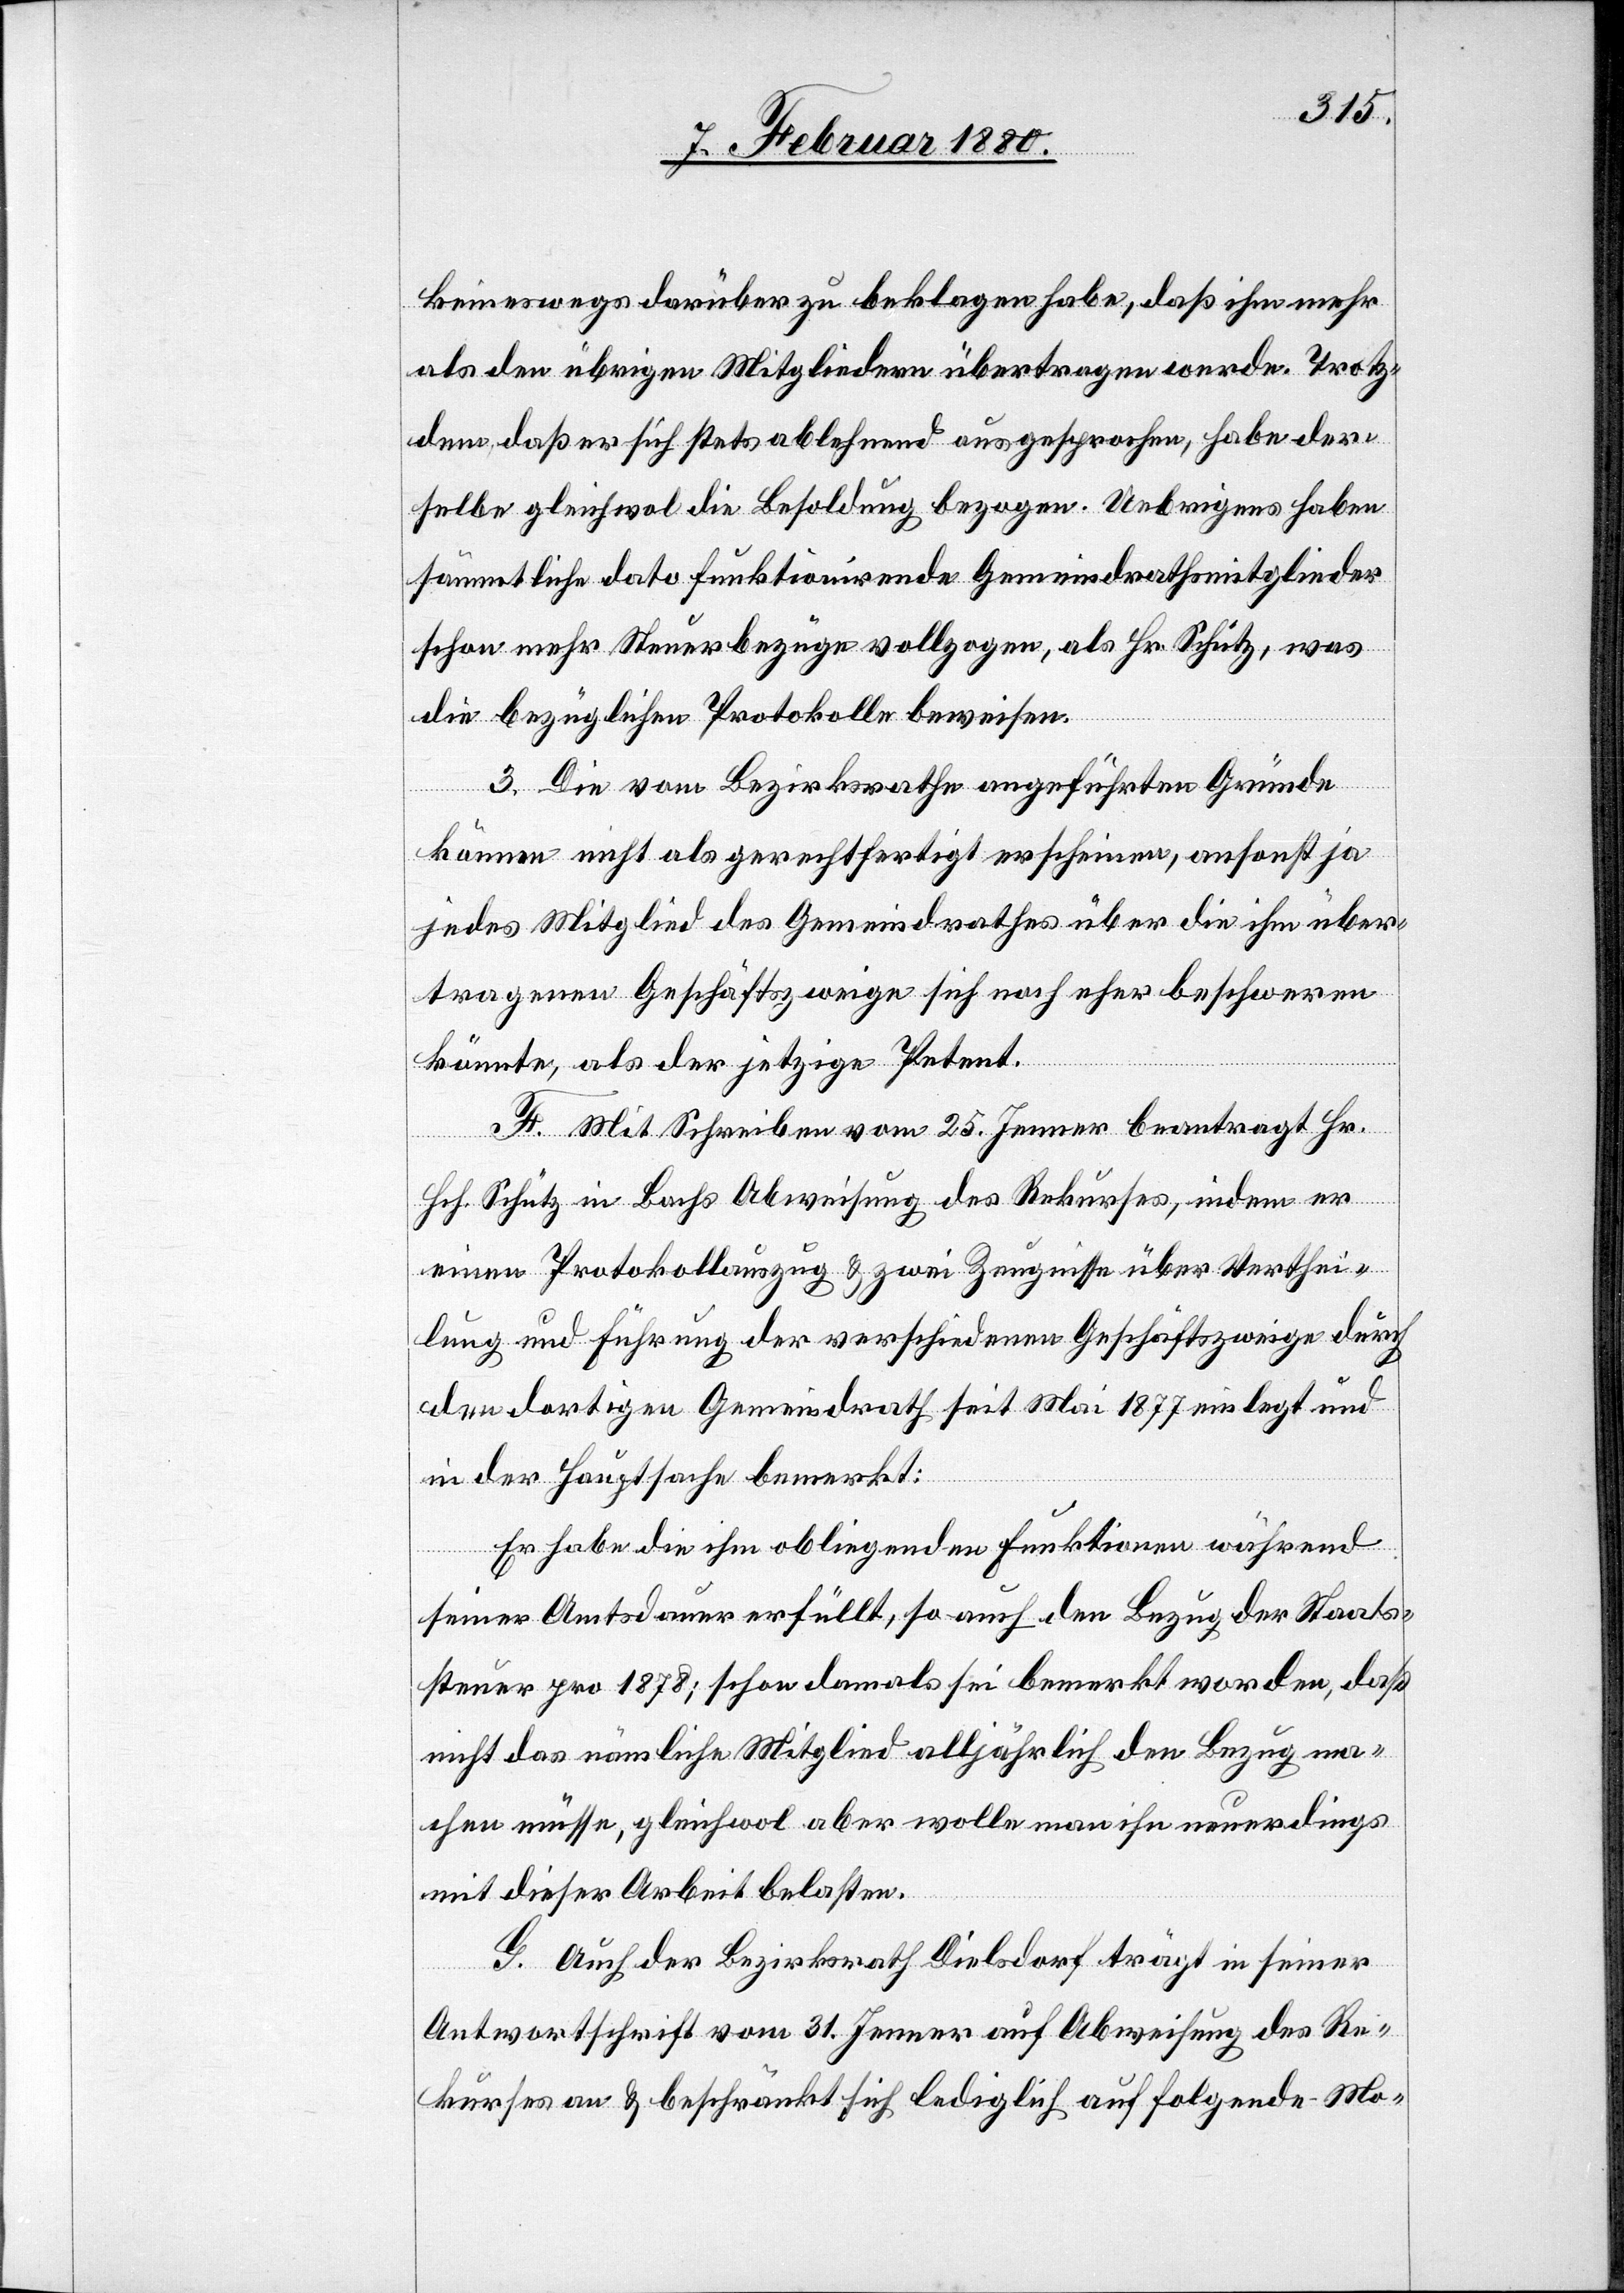
keineswegs darüber zu beklagen habe, daß ihm mehr
als den übrigen Mitgliedern übertragen werde. Trotz¬
dem, daß er sich stets ablehnend ausgesprochen, habe der¬
selbe gleichwol die Besoldung bezogen. Uebrigens haben
sämmtliche dato funktionirende Gemeindrathsmitglieder
schon mehr Steuerbezüge vollzogen, als Hr. Schütz, was
die bezüglichen Protokolle beweisen.
3. Die vom Bezirksrathe angeführten Gründe
können nicht als gerechtfertigt erscheinen, ansonst ja
jedes Mitglied des Gemeindrathes über die ihm über¬
tragenen Geschäftszweige sich noch eher beschweren
könnte, als der jetzige Petent.
F. Mit Schreiben vom 25. Jenner beantragt Hr.
Hch. Schütz in Bachs Abweisung des Rekurses, indem er
einen Protokollauszug & zwei Zeugnisse über Verthei¬
lung und Führung der verschiedenen Geschäftszweige durch
den dortigen Gemeindrath seit Mai 1877 einlegt und
in der Hauptsache bemerkt:
Er habe die ihm obliegenden Funktionen während
seiner Amtsdauer erfüllt, so auch den Bezug der Staats¬
steuer pro 1878; schon damals sei bemerkt worden, daß
nicht das nämliche Mitglied alljährlich den Bezug ma¬
chen müsse, gleichwol aber wolle man ihn neuerdings
mit dieser Arbeit belasten.
G. Auch der Bezirksrath Dielsdorf trägt in seiner
Antwortschrift vom 31. Jenner auf Abweisung des Re¬
kurses an & beschränkt sich lediglich auf folgende Mo-